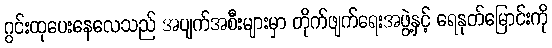
ဂွင်းထုပေးနေလေသည် အပျက်အစီးများမှာ တိုက်ဖျက်ရေးအဖွဲ့နှင့် ရေနုတ်မြောင်းကို